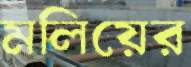
মলিয়ের